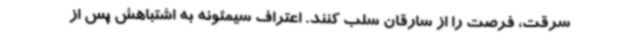
سرقت، فرصت را از سارقان سلب کنند. اعتراف سیمئونه به اشتباهش پس از